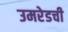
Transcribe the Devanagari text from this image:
उमरेडची